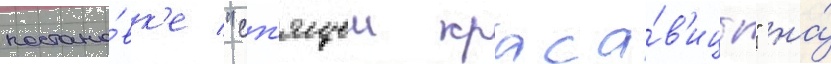
постано́вк'е "сп'ящеи краса́в'ицы" на́